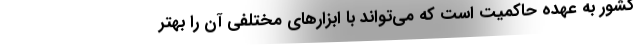
کشور به عهده حاکمیت است که می‌تواند با ابزارهای مختلفی آن را بهتر